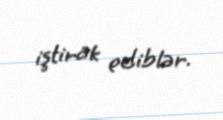
iştirak ediblər.